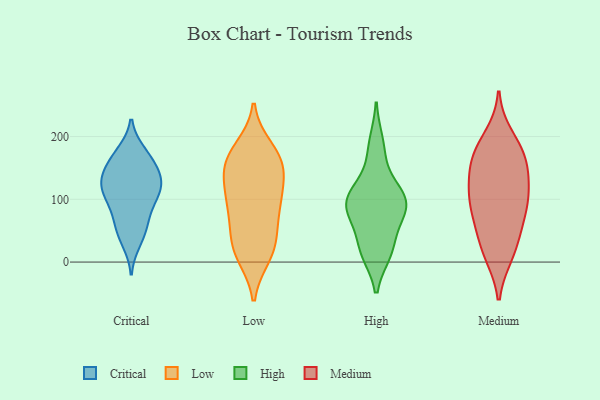
{"axis": {"x": "Inventory Turnover", "y": "Value"}, "legend": ["Critical", "High", "Low", "Medium"], "data": [{"x": "", "y": 127, "type": "Critical"}, {"x": "", "y": 174, "type": "Critical"}, {"x": "", "y": 145, "type": "Critical"}, {"x": "", "y": 70, "type": "Critical"}, {"x": "", "y": 121, "type": "Critical"}, {"x": "", "y": 47, "type": "Critical"}, {"x": "", "y": 123, "type": "Critical"}, {"x": "", "y": 124, "type": "Critical"}, {"x": "", "y": 93, "type": "Critical"}, {"x": "", "y": 58, "type": "Critical"}, {"x": "", "y": 168, "type": "Critical"}, {"x": "", "y": 145, "type": "Critical"}, {"x": "", "y": 109, "type": "Critical"}, {"x": "", "y": 33, "type": "Critical"}, {"x": "", "y": 165, "type": "Critical"}, {"x": "", "y": 99, "type": "Critical"}, {"x": "", "y": 50, "type": "Low"}, {"x": "", "y": 26, "type": "Low"}, {"x": "", "y": 93, "type": "Low"}, {"x": "", "y": 147, "type": "Low"}, {"x": "", "y": 10, "type": "Low"}, {"x": "", "y": 181, "type": "Low"}, {"x": "", "y": 155, "type": "Low"}, {"x": "", "y": 12, "type": "Low"}, {"x": "", "y": 158, "type": "Low"}, {"x": "", "y": 162, "type": "Low"}, {"x": "", "y": 109, "type": "Low"}, {"x": "", "y": 174, "type": "Low"}, {"x": "", "y": 102, "type": "Low"}, {"x": "", "y": 68, "type": "Low"}, {"x": "", "y": 26, "type": "Low"}, {"x": "", "y": 131, "type": "Low"}, {"x": "", "y": 92, "type": "Low"}, {"x": "", "y": 117, "type": "High"}, {"x": "", "y": 20, "type": "High"}, {"x": "", "y": 77, "type": "High"}, {"x": "", "y": 28, "type": "High"}, {"x": "", "y": 97, "type": "High"}, {"x": "", "y": 16, "type": "High"}, {"x": "", "y": 92, "type": "High"}, {"x": "", "y": 18, "type": "High"}, {"x": "", "y": 96, "type": "High"}, {"x": "", "y": 89, "type": "High"}, {"x": "", "y": 190, "type": "High"}, {"x": "", "y": 90, "type": "High"}, {"x": "", "y": 174, "type": "High"}, {"x": "", "y": 119, "type": "High"}, {"x": "", "y": 78, "type": "High"}, {"x": "", "y": 181, "type": "Medium"}, {"x": "", "y": 157, "type": "Medium"}, {"x": "", "y": 140, "type": "Medium"}, {"x": "", "y": 162, "type": "Medium"}, {"x": "", "y": 94, "type": "Medium"}, {"x": "", "y": 57, "type": "Medium"}, {"x": "", "y": 95, "type": "Medium"}, {"x": "", "y": 28, "type": "Medium"}, {"x": "", "y": 60, "type": "Medium"}, {"x": "", "y": 12, "type": "Medium"}, {"x": "", "y": 145, "type": "Medium"}, {"x": "", "y": 13, "type": "Medium"}, {"x": "", "y": 200, "type": "Medium"}, {"x": "", "y": 110, "type": "Medium"}, {"x": "", "y": 179, "type": "Medium"}, {"x": "", "y": 89, "type": "Medium"}, {"x": "", "y": 109, "type": "Medium"}]}